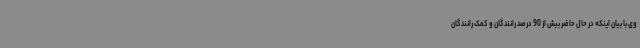
وی با بیان اینکه در حال حاضر بیش از 90 درصد رانندگان و کمک رانندگان